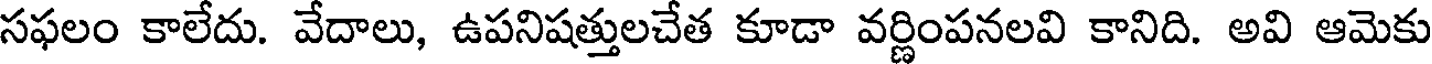
సఫలం కాలేదు. వేదాలు, ఉపనిషత్తులచేత కూడా వర్ణింపనలవి కానిది. అవి ఆమెకు